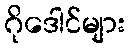
ဂိုဒေါင်များ